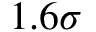
1 . 6 \sigma